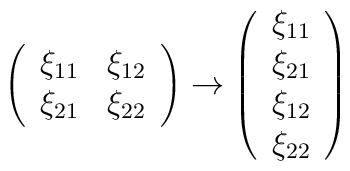
\left( \begin{array}{ll}\xi _{11} & \xi _{12} \\ \xi _{21} & \xi _{22}\end{array}\right) \rightarrow \left( \begin{array}{l}\xi _{11} \\ \xi _{21} \\ \xi _{12} \\ \xi _{22}\end{array}\right)